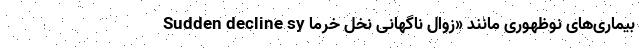
بیماری‌های نوظهوری مانند «زوال ناگهانی نخل خرما Sudden decline sy